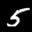
Label: 5